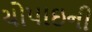
ચોપાઇની